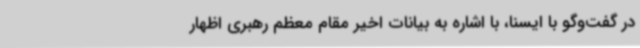
در گفت‌وگو با ایسنا، با اشاره به بیانات اخیر مقام معظم رهبری اظهار